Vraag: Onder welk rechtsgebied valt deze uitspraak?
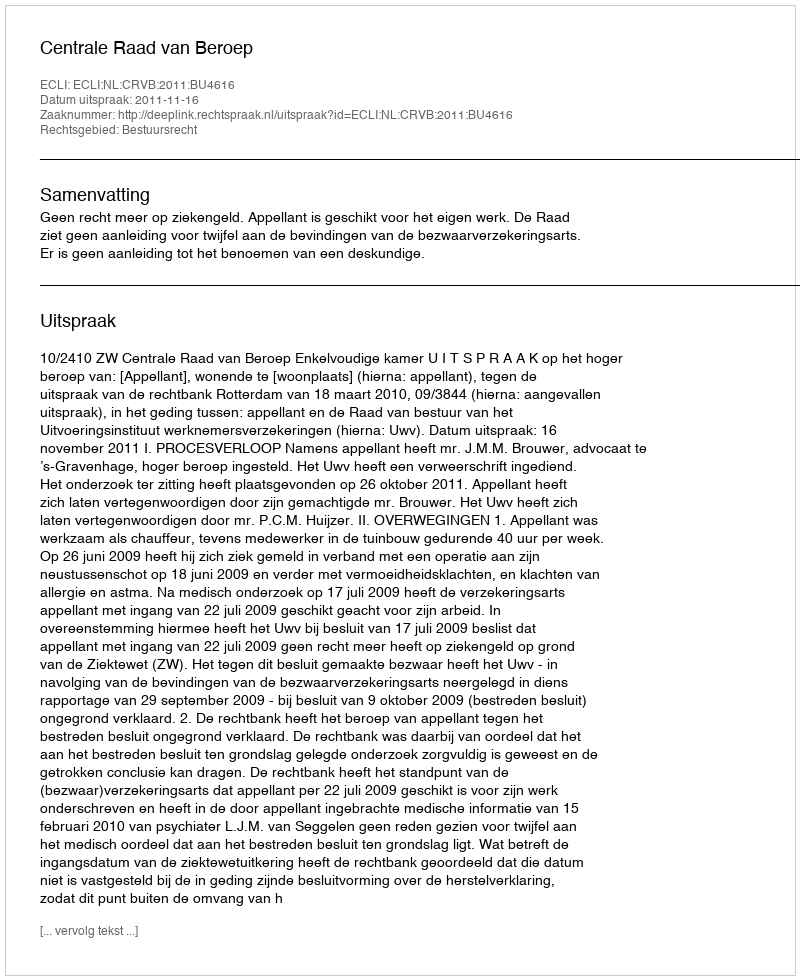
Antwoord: Bestuursrecht